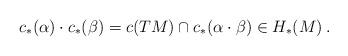
LaTeX: \begin{align*} c_*(\alpha) \cdot c_*(\beta) = c(TM)\cap c_*(\alpha \cdot \beta) \in H_*(M)\:. \end{align*}